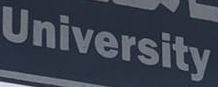
University